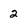
Character: 2